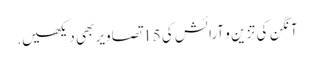
آنگن کی تزین و آرائش کی 15 تصاویر بھی دیکھیں.